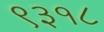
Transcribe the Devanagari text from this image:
९३१८